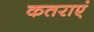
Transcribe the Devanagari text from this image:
कतराएं